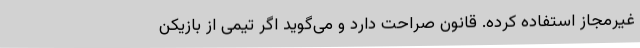
غیرمجاز استفاده کرده. قانون صراحت دارد و می‌گوید اگر تیمی از بازیکن